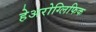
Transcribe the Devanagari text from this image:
हेअरोग्लिफिक